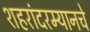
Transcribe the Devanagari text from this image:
शहरांदरम्यानचे